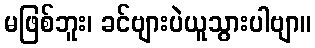
မဖြစ်ဘူး၊ ခင်ဗျားပဲယူသွားပါဗျာ။